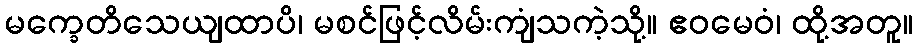
မက္ခေတိသေယျထာပိ၊ မစင်ဖြင့်လိမ်းကျံသကဲ့သို့။ ဧဝမေဝံ၊ ထို့အတူ။